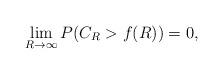
LaTeX: \begin{align*}\lim_{R \rightarrow \infty}P (C_R > f(R)) =0, \end{align*}